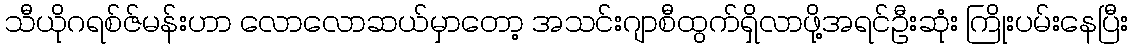
သီယိုဂရစ်ဇ်မန်းဟာ လောလောဆယ်မှာတော့ အသင်းဂျာစီထွက်ရှိလာဖို့အရင်ဦးဆုံး ကြိုးပမ်းနေပြီး